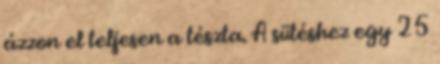
ázzon el teljesen a tészta. A sütéshez egy 25